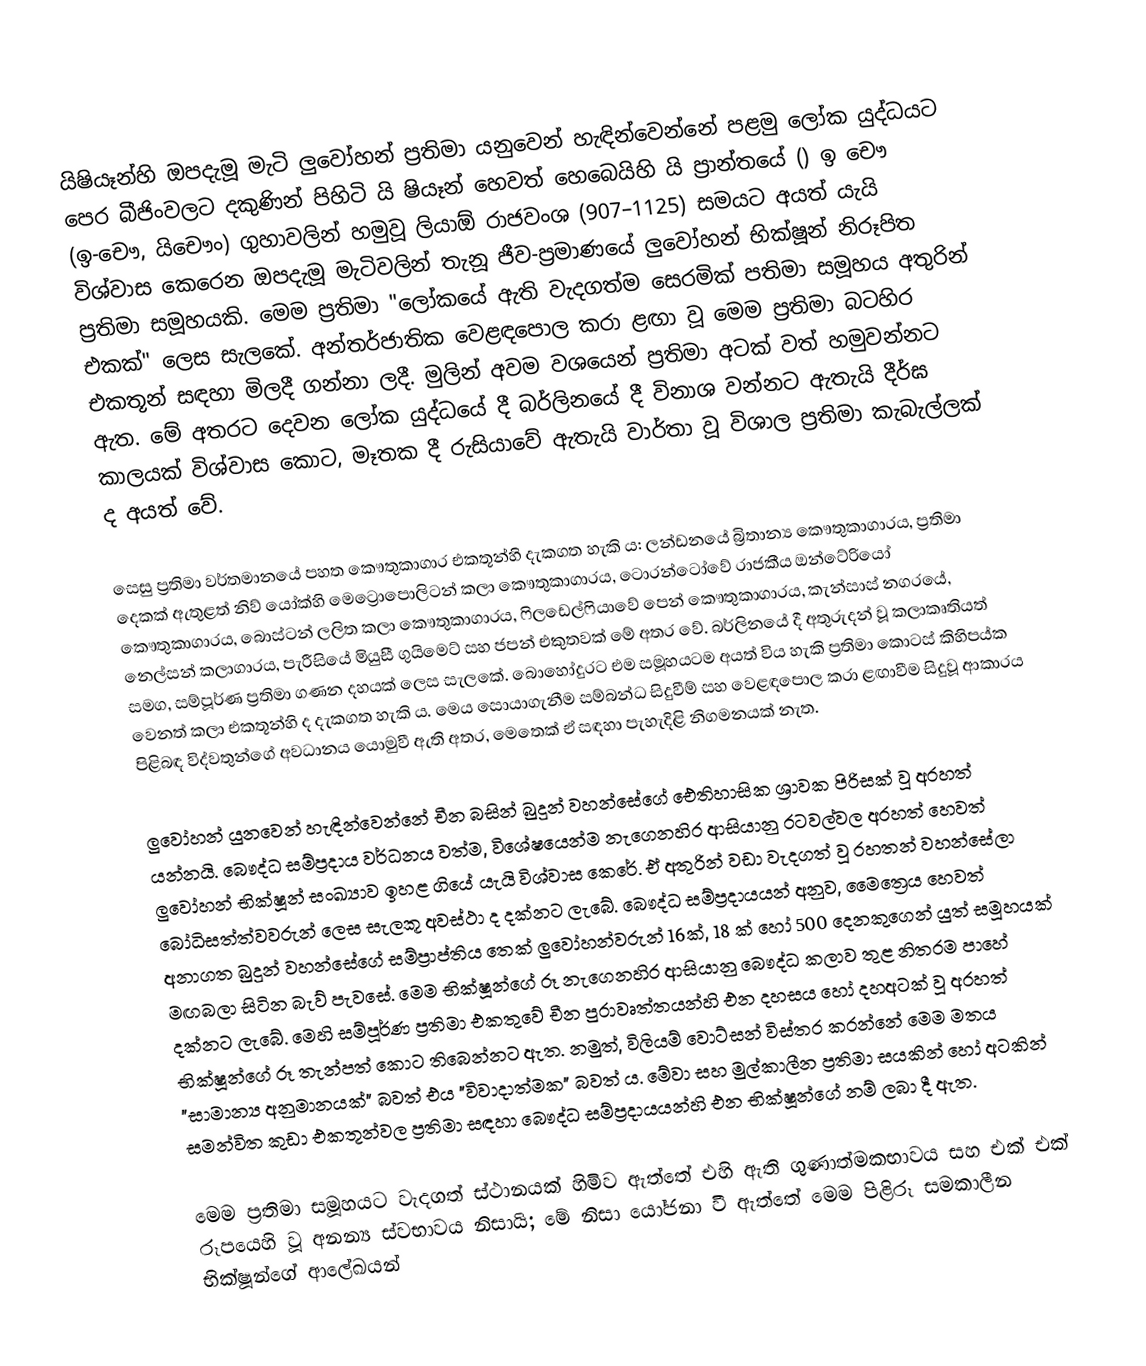
යිෂියෑන්හි ඔපදැමූ මැටි ලුවෝහන් ප්‍රතිමා යනුවෙන් හැඳින්වෙන්නේ පළමු ලෝක යුද්ධයට පෙර බීජිංවලට දකුණින් පිහිටි යි ෂියෑන් හෙවත් හෙබෙයිහි යි ප්‍රාන්තයේ () ඉ චෞ (ඉ-චෞ, යිචෞං) ගුහාවලින් හමුවූ ලියාඕ රාජවංශ (907–1125) සමයට අයත් යැයි විශ්වාස කෙරෙන ඔපදැමූ මැටිවලින් තැනූ ජීව-ප්‍රමාණයේ ලුවෝහන් භික්ෂූන් නිරූපිත ප්‍රතිමා සමූහයකි. මෙම ප්‍රතිමා "ලෝකයේ ඇති වැදගත්ම සෙරමික් පතිමා සමූහය අතුරින් එකක්" ලෙස සැලකේ. අන්තර්ජාතික වෙළඳපොල කරා ළඟා වූ මෙම ප්‍රතිමා බටහිර එකතූන් සඳහා මිලදී ගන්නා ලදී. මුලින් අවම වශයෙන් ප්‍රතිමා අටක් වත් හමුවන්නට ඇත. මේ අතරට දෙවන ලෝක යුද්ධයේ දී බර්ලිනයේ දී විනාශ වන්නට ඇතැයි දීර්ඝ කාලයක් විශ්වාස කොට, මෑතක දී රුසියාවේ ඇතැයි වාර්තා වූ විශාල ප්‍රතිමා කැබැල්ලක් ද අයත් වේ.

සෙසු ප්‍රතිමා වර්තමානයේ පහත කෞතුකාගාර එකතූන්හි දැකගත හැකි ය: ලන්ඩනයේ බ්‍රිතාන්‍ය කෞතුකාගාරය, ප්‍රතිමා දෙකක් ඇතුළත් නිව් යෝක්හි මෙට්‍රොපොලිටන් කලා කෞතුකාගාරය, ටොරන්ටෝවේ රාජකීය ඔන්ටේරියෝ කෞතුකාගාරය, බොස්ටන් ලලිත කලා කෞතුකාගාරය, ෆිලඩෙල්ෆියාවේ පෙන් කෞතුකාගාරය, කැන්සාස් නගරයේ, නෙල්සන් කලාගාරය, පැරීසියේ මියුසී ගුයිමෙට් සහ ජපන් එකුතවක් මේ අතර වේ. බර්ලිනයේ දී අතුරුදන් වූ කලාකෘතියත් සමග, සම්පූර්ණ ප්‍රතිමා ගණන දහයක් ලෙස සැලකේ. බොහෝදුරට එම සමූහයටම අයත් විය හැකි ප්‍රතිමා කොටස් කිහිපය්ක වෙනත් කලා එකතූන්හි ද දැකගත හැකි ය. මෙය සොයාගැනීම සම්බන්ධ සිදුවීම් සහ වෙළඳපොල කරා ළඟාවීම සිදුවූ ආකාරය පිළිබඳ විද්වතුන්ගේ අවධානය යොමුවී ඇති අතර, මෙතෙක් ඒ සඳහා පැහැදිළි නිගමනයක් නැත.

ලුවෝහන් යුනවෙන් හැඳින්වෙන්නේ චීන බසින් බුදුන් වහන්සේගේ ඓතිහාසික ශ්‍රාවක පිරිසක් වූ අරහත් යන්නයි. බෞද්ධ සම්ප්‍රදාය වර්ධනය වත්ම, විශේෂයෙන්ම නැගෙනහිර ආසියානු රටවල්වල අරහත් හෙවත් ලුවෝහන් භික්ෂූන් සංඛ්‍යාව ඉහළ ගියේ යැයි විශ්වාස කෙරේ. ඒ අතුරින් වඩා වැදගත් වූ රහතන් වහන්සේලා බෝධිසත්ත්වවරුන් ලෙස සැලකූ අවස්ථා ද දක්නට ලැබේ.  බෞද්ධ සම්ප්‍රදායයන් අනුව, මෛත්‍රෙය හෙවත් අනාගත බුදුන් වහන්සේගේ සම්ප්‍රාප්තිය තෙක් ලුවෝහන්වරුන් 16ක්, 18 ක් හෝ 500 දෙනකුගෙන් යුත් සමූහයක් මඟබලා සිටින බැව් පැවසේ. මෙම භික්ෂූන්ගේ රූ නැගෙනහිර ආසියානු බෞද්ධ කලාව තුළ නිතරම පාහේ දක්නට ලැබේ. මෙහි සම්පූර්ණ ප්‍රතිමා එකතුවේ චීන පුරාවෘත්තයන්හි එන දහසය හෝ දහඅටක් වූ අරහත් භික්ෂූන්ගේ රූ තැන්පත් කොට තිබෙන්නට ඇත. නමුත්, විලියම් වොට්සන් විස්තර කරන්නේ මෙම මතය "සාමාන්‍ය අනුමානයක්" බවත් එය "විවාදාත්මක" බවත් ය. මේවා සහ මුල්කාලීන ප්‍රතිමා සයකින් හෝ අටකින් සමන්විත කුඩා එකතූන්වල ප්‍රතිමා සඳහා බෞද්ධ සම්ප්‍රදායයන්හි එන භික්ෂූන්ගේ නම් ලබා දී ඇත.

මෙම ප්‍රතිමා සමූහයට වැදගත් ස්ථානයක් හිමිව ඇත්තේ එහි ඇති ගුණාත්මකභාවය සහ එක් එක් රූපයෙහි වූ අනන්‍ය ස්වභාවය නිසායි; මේ නිසා යෝජනා වී ඇත්තේ මෙම පිළිරූ සමකාලීන භික්ෂූන්ගේ ආලේඛයන්